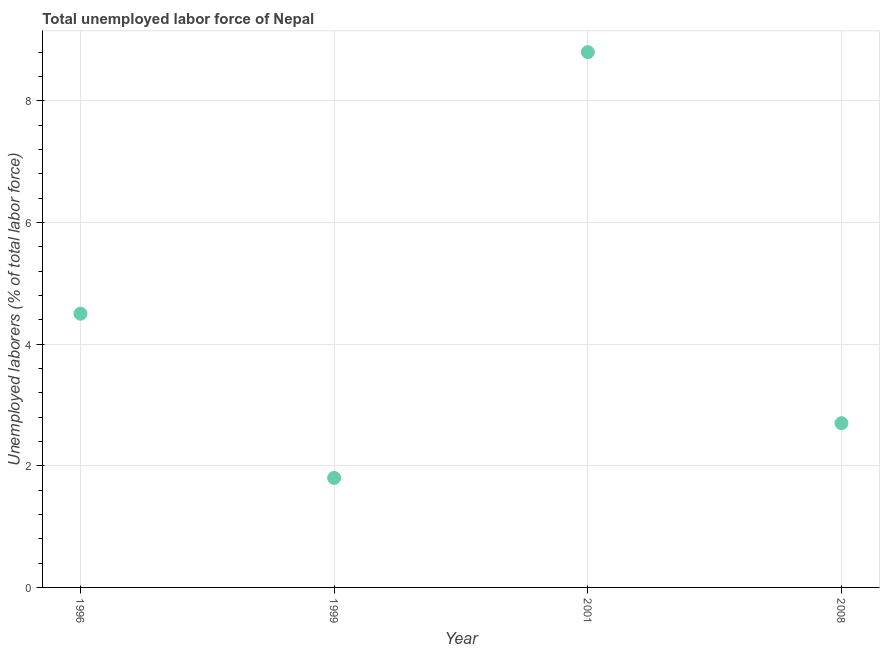
| Year | Unemployment total |
 | --- | --- |
 | 1996 | 4.5 |
 | 1999 | 1.8 |
 | 2001 | 8.8 |
 | 2008 | 2.7 |